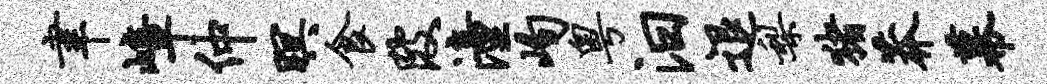
聿嶂仲暝食陂潼峋粤汨退梨猪莽幕